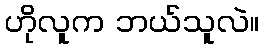
ဟိုလူက ဘယ်သူလဲ။